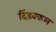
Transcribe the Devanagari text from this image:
दिंडक्कल